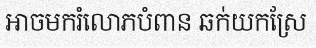
អាចមករំលោភបំពាន ឆក់យកស្រែ